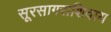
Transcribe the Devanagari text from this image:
सूरसागराशिवाय